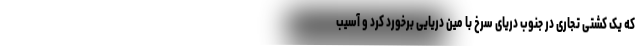
که یک کشتی تجاری در جنوب دریای سرخ با مین دریایی برخورد کرد و آسیب